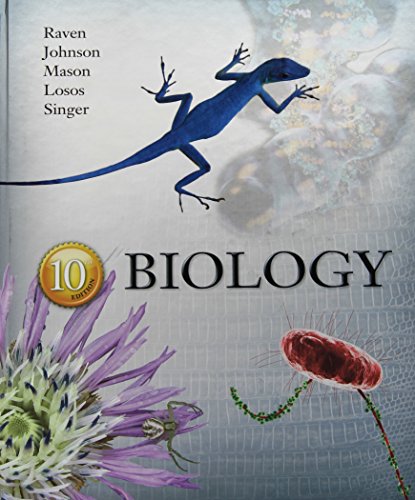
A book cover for Biology; Peter Raven; Science & Math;